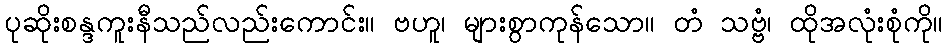
ပုဆိုးစန္ဒကူးနီသည်လည်းကောင်း။ ဗဟူ၊ များစွာကုန်သော။ တံ သဗ္ဗံ၊ ထိုအလုံးစုံကို။